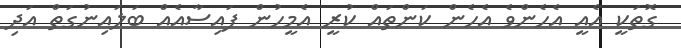
ގޮތަކީ އެއީ އެހެންވެ އެހެން ކަންތައް ކުރީ އެމީހުން ފައިސާއެއް ބަލައިނުގަތް އަދި